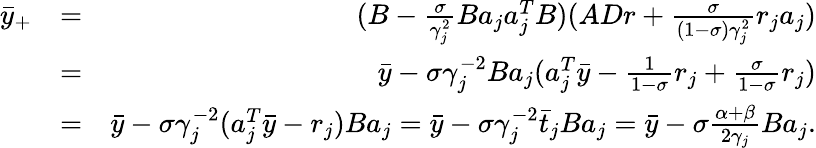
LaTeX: \begin{array}{rlr}{\bar{y}_{+}}&{=}&{(B-\frac{\sigma}{\gamma_{j}^{2}}Ba_{j}a_{j}^{T}B)(ADr+\frac{\sigma}{(1-\sigma)\gamma_{j}^{2}}r_{j}a_{j})}\\ &{=}&{\bar{y}-\sigma\gamma_{j}^{-2}Ba_{j}(a_{j}^{T}\bar{y}-\frac{1}{1-\sigma}r_{j}+\frac{\sigma}{1-\sigma}r_{j})}\\ &{=}&{\bar{y}-\sigma\gamma_{j}^{-2}(a_{j}^{T}\bar{y}-r_{j})Ba_{j}=\bar{y}-\sigma\gamma_{j}^{-2}\bar{t}_{j}Ba_{j}=\bar{y}-\sigma\frac{\alpha+\beta}{2\gamma_{j}}Ba_{j}.}\end{array}